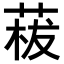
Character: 𦴡